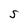
Character: S